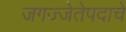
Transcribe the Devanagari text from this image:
जगज्जेतेपदाचे